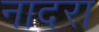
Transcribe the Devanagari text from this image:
नादरा